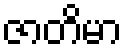
ဇာတိမာ